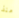
منذ